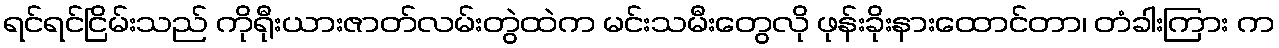
ရင်ရင်ငြိမ်းသည် ကိုရီုးယားဇာတ်လမ်းတွဲထဲက မင်းသမီးတွေလို ဖုန်းခိုးနားထောင်တာ၊ တံခါးကြား က